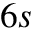
6 s